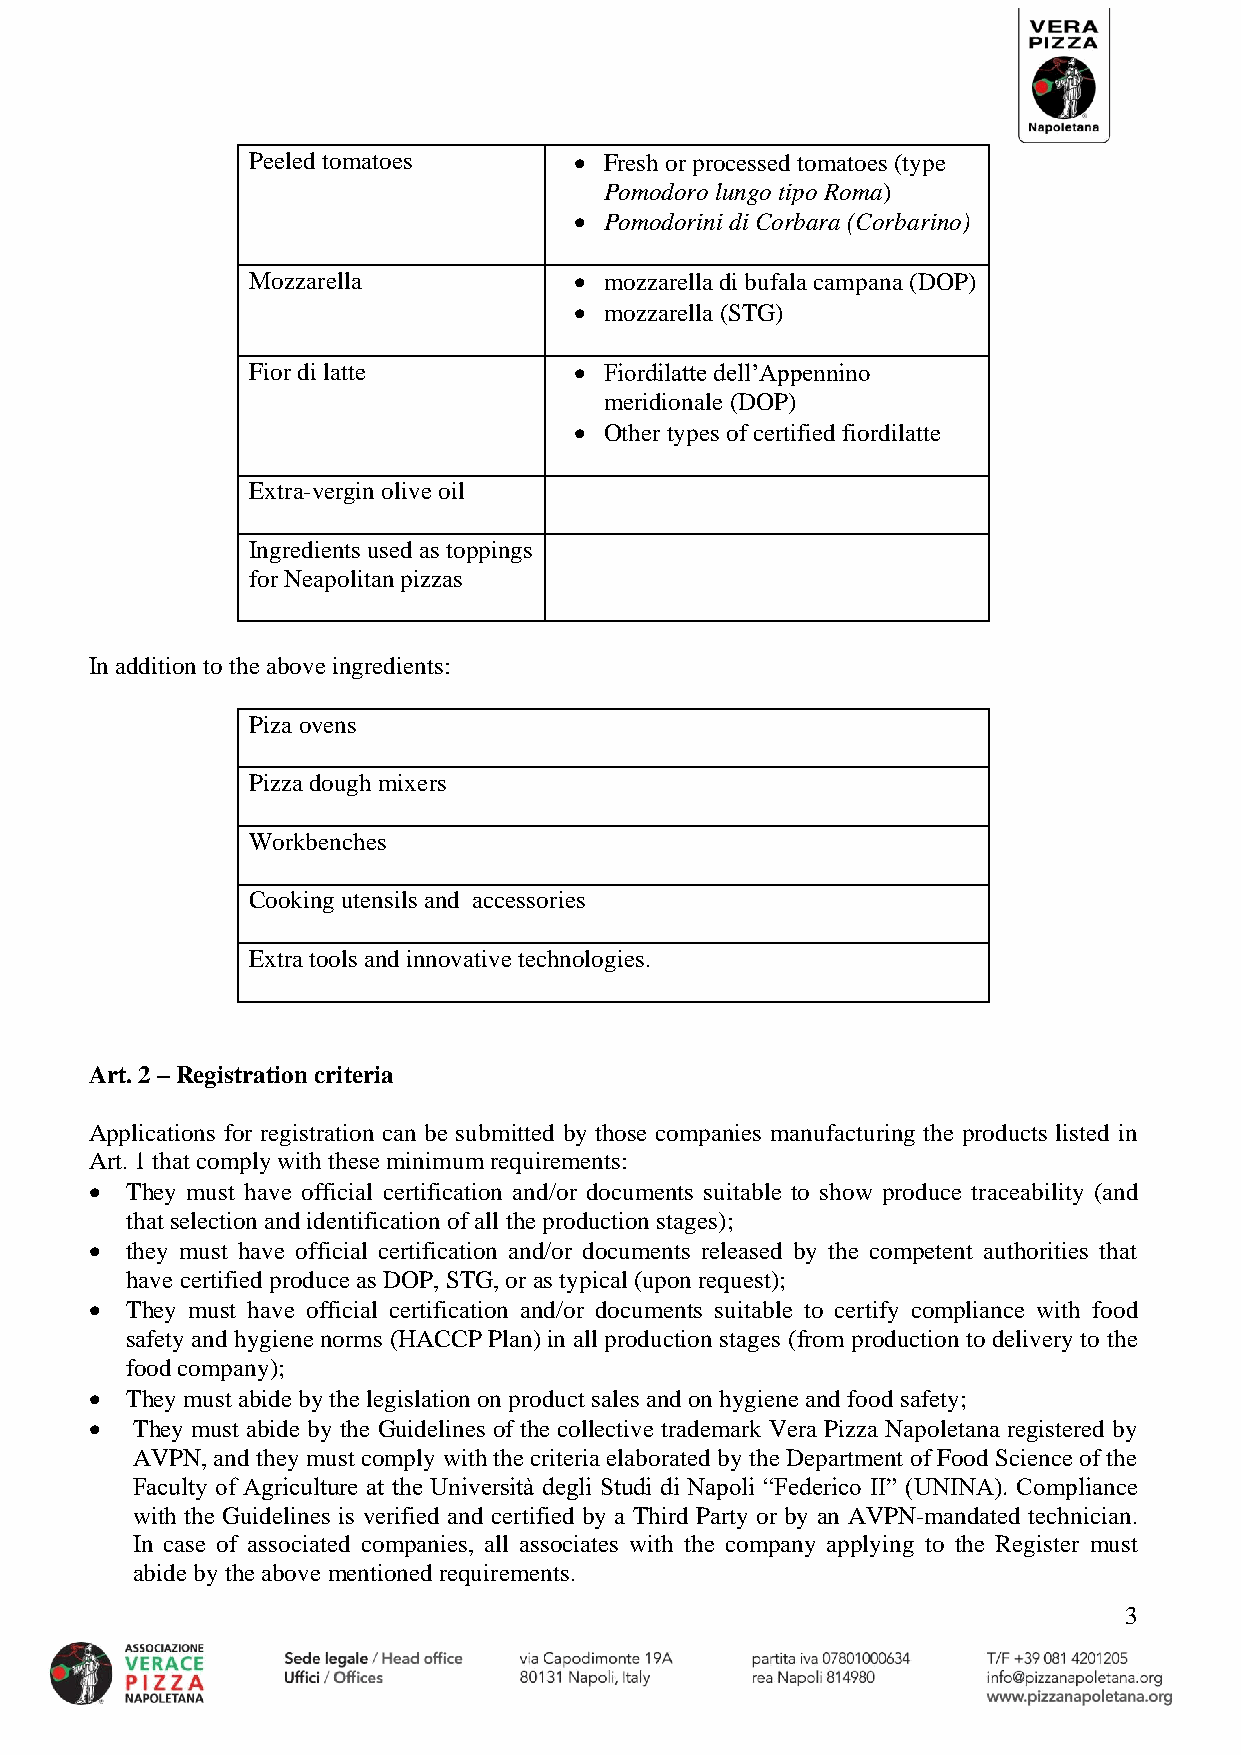
Peeled tomatoes      • Fresh or processed tomatoes (type
 Pomodoro lungo tipo Roma)
 • Pomodorini di Corbara (Corbarino)
 Mozzarella           • mozzarella di bufala campana (DOP)
 • mozzarella (STG)
 Fior di latte        • Fiordilatte dell’Appennino
 meridionale (DOP)
 • Other types of certified fiordilatte
 Extra-vergin olive oil
 Ingredients used as toppings
 for Neapolitan pizzas
 In addition to the above ingredients:
 Piza ovens
 Pizza dough mixers
 Workbenches
 Cooking utensils and accessories
 Extra tools and innovative technologies.
 Art. 2 – Registration criteria
 Applications for registration can be submitted by those companies manufacturing the products listed in
 Art. 1 that comply with these minimum requirements:
 • They must have official certification and/or documents suitable to show produce traceability (and
 that selection and identification of all the production stages);
 • they must have official certification and/or documents released by the competent authorities that
 have certified produce as DOP, STG, or as typical (upon request);
 • They must have official certification and/or documents suitable to certify compliance with food
 safety and hygiene norms (HACCP Plan) in all production stages (from production to delivery to the
 food company);
 • They must abide by the legislation on product sales and on hygiene and food safety;
 •  They must abide by the Guidelines of the collective trademark Vera Pizza Napoletana registered by
 AVPN, and they must comply with the criteria elaborated by the Department of Food Science of the
 Faculty of Agriculture at the Università degli Studi di Napoli “Federico II” (UNINA). Compliance
 with the Guidelines is verified and certified by a Third Party or by an AVPN-mandated technician.
 In case of associated companies, all associates with the company applying to the Register must
 abide by the above mentioned requirements.
 3